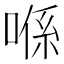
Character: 喺